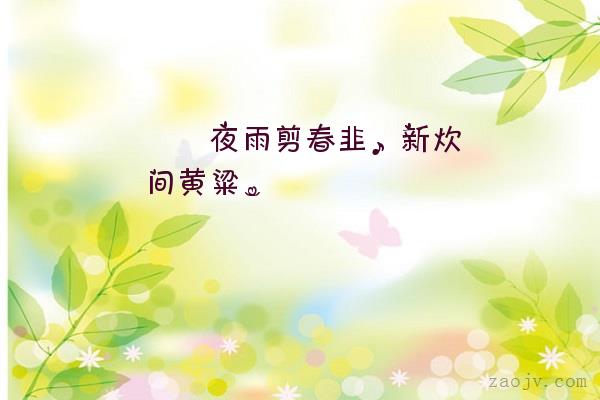
夜雨剪春韭，新炊间黄粱。